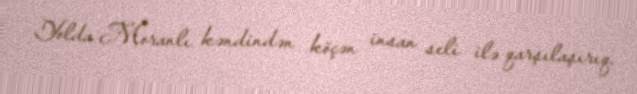
Yolda Moranlı kəndindən köçən insan seli ilə qarşılaşırıq.